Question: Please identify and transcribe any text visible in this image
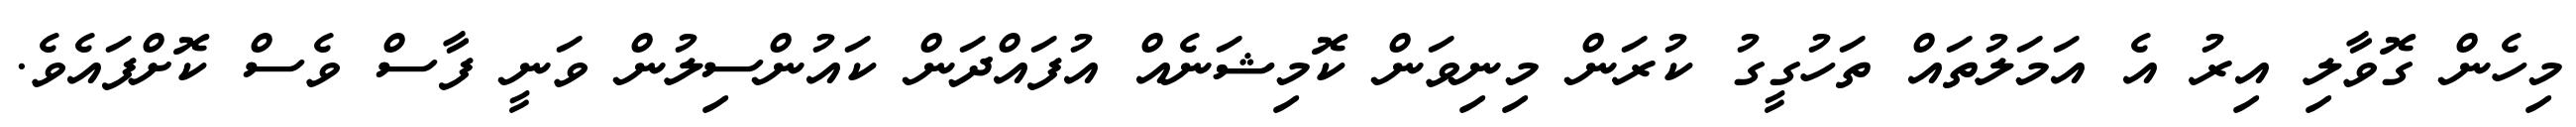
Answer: މިހެން ގޮވާލި އިރު އެ އަމަލުތައް ތަހުގީގު ކުރަން މިނިވަން ކޮމިޝަނެއް އުފައްދަން ކައުންސިލުން ވަނީ ފާސް ވެސް ކޮށްފައެވެ.